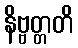
နိဗ္ဗတ္တတိ